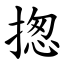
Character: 揔